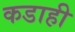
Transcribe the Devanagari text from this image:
कडाही